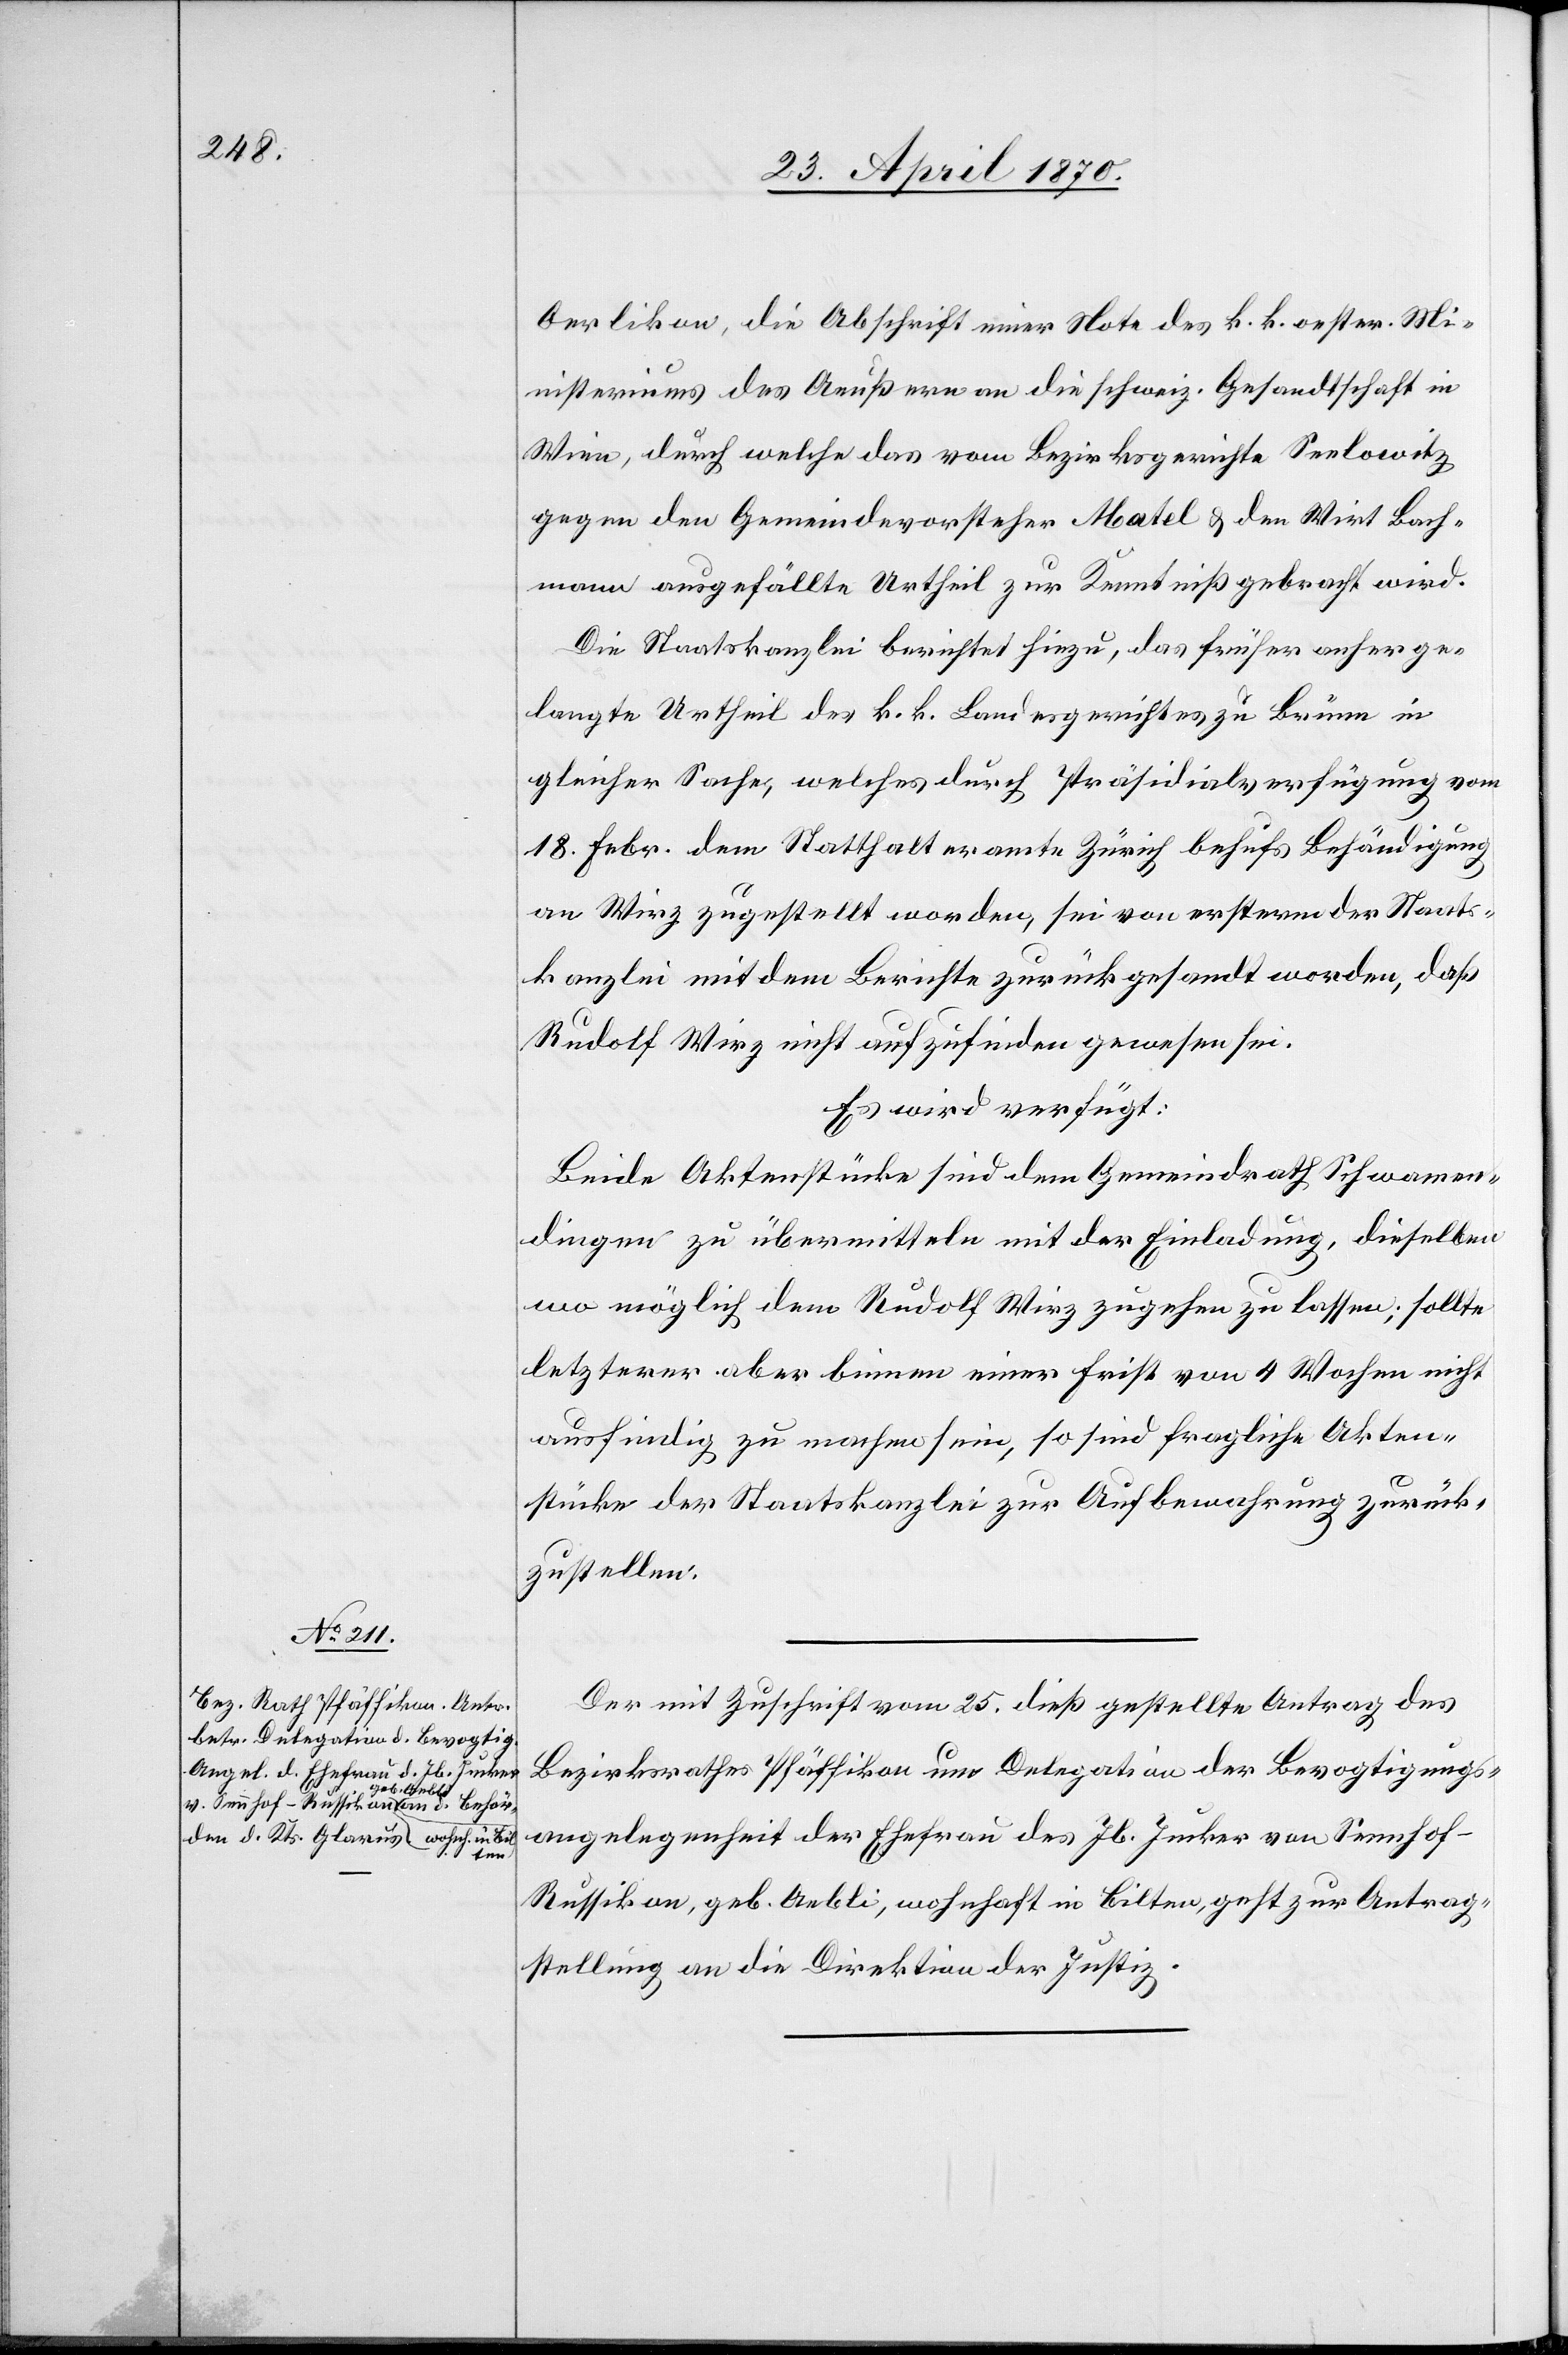
27. April 1870.]
Oerlikon, die Abschrift einer Note des k. k. Oester. Mi¬
nisteriums des Aeußern an die schweiz. Gesandtschaft in
Wien, durch welche das vom Bezirksgerichte Seelowitz
gegen den Gemeindevorsteher Matel & den Wirt Bach¬
mann ausgefällte Urtheil zur Kenntniß gebracht wird.
Die Staatskanzlei berichtet hiezu, das früher anherge¬
langte Urtheil des k. k. Landesgerichtes zu Brünn in
gleicher Sache, welches durch Präsidialverfügung vom
18. Febr. dem Statthalteramte Zürich behufs Behändigung
an Wirz zugestellt worden, sei von ersteren der Staats¬
kanzlei mit dem Berichte zurückgesandt worden, daß
Rudolf Wirz nicht aufzufinden gewesen sei.
Es wird verfügt:
Beide Aktenstücke sind dem Gemeindrath Schwamen¬
dingen zu übermitteln mit der Einladung, dieselben
wo möglich dem Rudolf Wirz zugehen zu lassen; sollte
letzterer aber binnen einer Frist von 4 Wochen nicht
ausfindig zu machen sein, so sind fragliche Akten¬
stücke der Staatskanzlei zur Aufbewahrung zurück¬
zustellen.
Der mit Zuschrift vom 25. dieß gestellte Antrag des
Bezirksrathes Pfäffikon um Delegation der Bevogtigungs¬
angelegenheit der Ehefrau des Jb. Jucker von Sennhof -
Russikon, geb. Aebli, wohnhaft in Bilten, geht zur Antrag¬
stellung an die Direktion der Justiz.